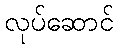
လုပ်ဆောင်